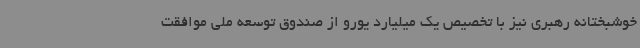
خوشبختانه رهبری نیز با تخصیص یک میلیارد یورو از صندوق توسعه ملی موافقت